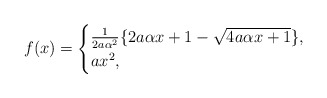
\begin{align*} \begin{aligned} f(x)= \begin{cases} \frac{1}{2a\alpha^2}\{2a\alpha x +1-\sqrt{4a\alpha x +1}\}, & \\ ax^2, & \end{cases} \end{aligned} \end{align*}